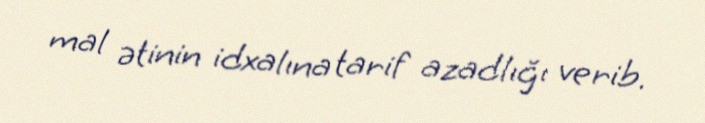
mal ətinin idxalına tarif azadlığı verib.